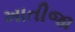
ખાતીજા